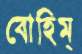
বোহিম্